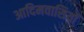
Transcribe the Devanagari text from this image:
आदिमवासियों